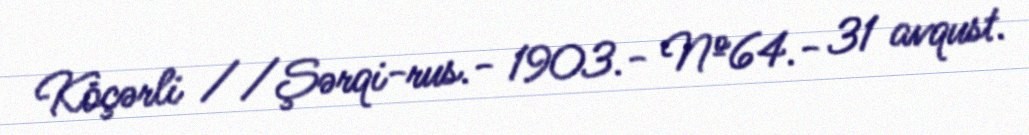
Köçərli //Şərqi-rus.- 1903.- №64.- 31 avqust.